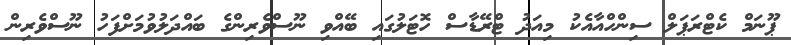
ޕޫނަމް ކެޓްރަޕަލް ސިންހްއާއެކު މިއަދު ޓްރޭޑާސް ހޮޓަލުގައި ބޭއްވި ނޫސްވެރިންގެ ބައްދަލުވުމަށްފަހު ނޫސްވެރިން